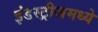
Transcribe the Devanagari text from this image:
इंडस्ट्रीजमध्ये